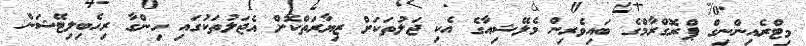
މިޓްރެއިންނިގް ޕްރޮގްރާމްގެ ބައިވެރިން މެލޭޝިއާގެ އެކި ޖަލުތަކަށް ޒިޔާރަތްކޮށް އެޖަލުތަކުގައި ހިންގާ ރިހެބިލިޓޭޝަން